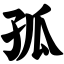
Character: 孤